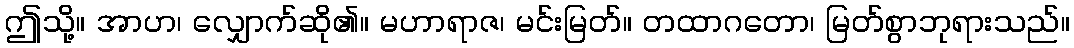
ဤသို့။ အာဟ၊ လျှောက်ဆို၏။ မဟာရာဇ၊ မင်းမြတ်။ တထာဂတော၊ မြတ်စွာဘုရားသည်။